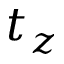
t _ { z }